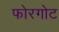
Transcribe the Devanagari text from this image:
फोरगोट